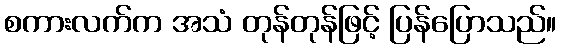
စကားလက်က အသံ တုန်တုန်ဖြင့် ပြန်ပြောသည်။